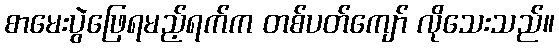
စာမေးပွဲဖြေရမည့်ရက်က တစ်ပတ်ကျော် လိုသေးသည်။